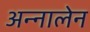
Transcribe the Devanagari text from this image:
अन्नालेन